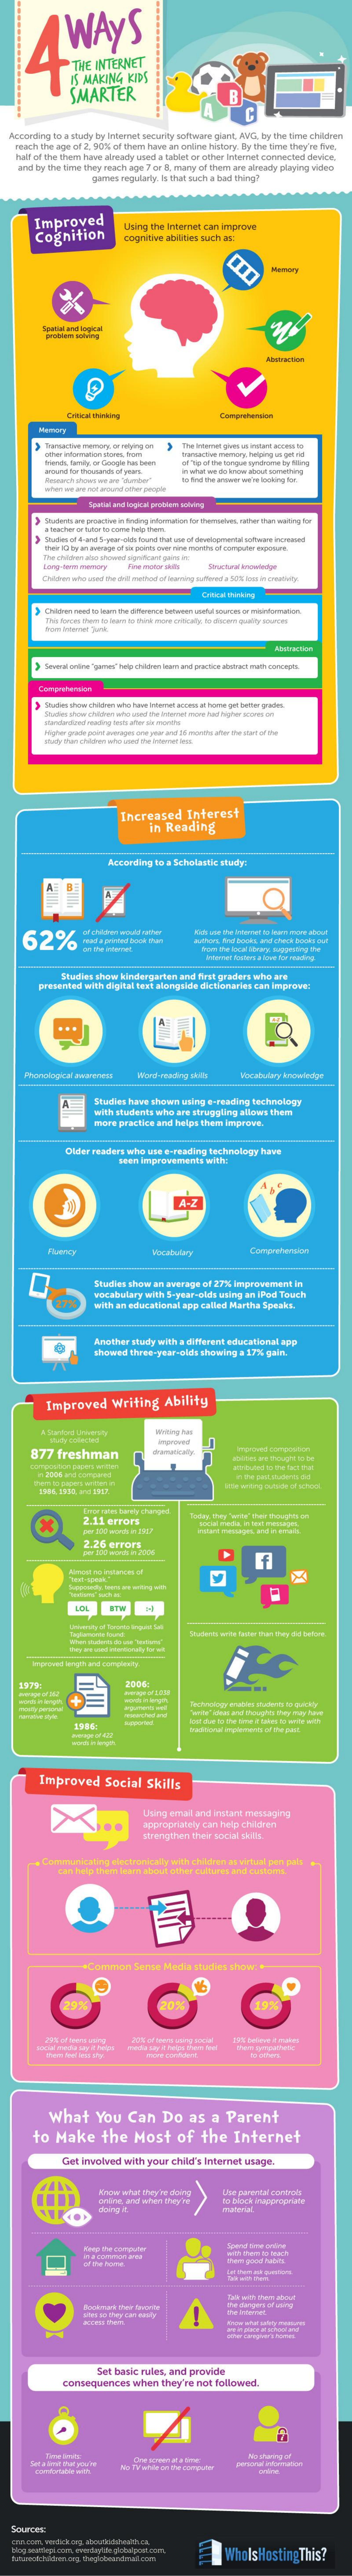
WAYS
     IS MAKING   KIDS
     SMARTER
  According to a study by Intemet security software giant, AVG, by the time children
   reach the age of 2. 900 of them have an online history. By the time they're five.
   hall of the Ere have already used a biblet or other Internet connected device.
    and by the tirne they reach age 7 or 8. many of them are already playing video
     gamsat regularty. It that such a bad thing?
     Improved
     Cognition
     Uting the Internet can improve
     cognitive abilities such as:
     Critical thinking
     Tamente Fawory, of retuing os
     friends, farmily, or Google hun beer
     inwhat we to know about 1or
     ta Mo she Bewer wie re looking for.
     Spatial and logicel armoder solving
     Critical thinking
     Adressetan
     Increased    Interest
     in Reading
     According to a Scholastic study:
     62%
     Studies show kindergarten and first graders who are
     presented with digital bext alongside dictionaries can improve:
     Phonological awareness    Vocabulary knowledge
     Studies have shown using .- reading technologyy
     with students who are struggling allows them
     mice practice and helps Them ingrinde
     Ouder readers who use e-reading technology have
     son  Improvements with:
     A-Z
     Studies show an average af 27% improvement in
     vocabulary with 5-year-olds using an |Pod Touch
     with an educational app called Martha Speakt.
     Another study with a different educational app
     Showed three-year-olds showing a 17% gain.
     Improved    Writing   Ability
     877   freshman
     norowed comecetion
     ime Aring outside of school.
     Lunch rete benety changed
     2.11 error
     2.26  error
    1972    2806:
     Improved    Social  Skills
     Luing email and instare messaging
     appropriately can help chderen
     Communicating exctron caly with children at virtaalpen pals
     tas helpthan teamalatt otherculares aserinteres
     what    You   Can    Do   as   a  Parent
     to   Make    the   Most    of   the    Internet
     Get involved with your child's Internet usage.
     Know what they're doing
     police, and when they're
     Che parental controls
     To block inappropriate
     Spend time aline
     Set basic rules, and provide
     corsequences  when  they're not followed.
   SOURCEE
     Whols Hosting  This?